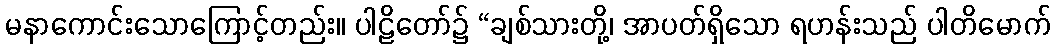
မနာကောင်းသောကြောင့်တည်း။ ပါဠိတော်၌ “ချစ်သားတို့၊ အာပတ်ရှိသော ရဟန်းသည် ပါတိမောက်